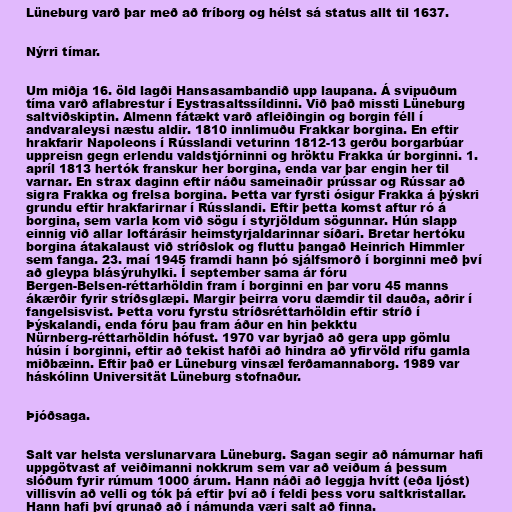
Lüneburg varð þar með að fríborg og hélst sá status allt til 1637.

Nýrri tímar.

Um miðja 16. öld lagði Hansasambandið upp laupana. Á svipuðum
tíma varð aflabrestur í Eystrasaltssíldinni. Við það missti Lüneburg
saltviðskiptin. Almenn fátækt varð afleiðingin og borgin féll í
andvaraleysi næstu aldir. 1810 innlimuðu Frakkar borgina. En eftir
hrakfarir Napoleons í Rússlandi veturinn 1812-13 gerðu borgarbúar
uppreisn gegn erlendu valdstjórninni og hröktu Frakka úr borginni. 1.
apríl 1813 hertók franskur her borgina, enda var þar engin her til
varnar. En strax daginn eftir náðu sameinaðir prússar og Rússar að
sigra Frakka og frelsa borgina. Þetta var fyrsti ósigur Frakka á þýskri
grundu eftir hrakfarirnar í Rússlandi. Eftir þetta komst aftur ró á
borgina, sem varla kom við sögu í styrjöldum sögunnar. Hún slapp
einnig við allar loftárásir heimstyrjaldarinnar síðari. Bretar hertóku
borgina átakalaust við stríðslok og fluttu þangað Heinrich Himmler
sem fanga. 23. maí 1945 framdi hann þó sjálfsmorð í borginni með því
að gleypa blásýruhylki. Í september sama ár fóru
Bergen-Belsen-réttarhöldin fram í borginni en þar voru 45 manns
ákærðir fyrir stríðsglæpi. Margir þeirra voru dæmdir til dauða, aðrir í
fangelsisvist. Þetta voru fyrstu stríðsréttarhöldin eftir stríð í
Þýskalandi, enda fóru þau fram áður en hin þekktu
Nürnberg-réttarhöldin hófust. 1970 var byrjað að gera upp gömlu
húsin í borginni, eftir að tekist hafði að hindra að yfirvöld rifu gamla
miðbæinn. Eftir það er Lüneburg vinsæl ferðamannaborg. 1989 var
háskólinn Universität Lüneburg stofnaður.

Þjóðsaga.

Salt var helsta verslunarvara Lüneburg. Sagan segir að námurnar hafi
uppgötvast af veiðimanni nokkrum sem var að veiðum á þessum
slóðum fyrir rúmum 1000 árum. Hann náði að leggja hvítt (eða ljóst)
villisvín að velli og tók þá eftir því að í feldi þess voru saltkristallar.
Hann hafi því grunað að í námunda væri salt að finna.